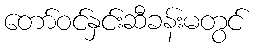
တော်ဝင်နှင်းဆီခန်းမတွင်